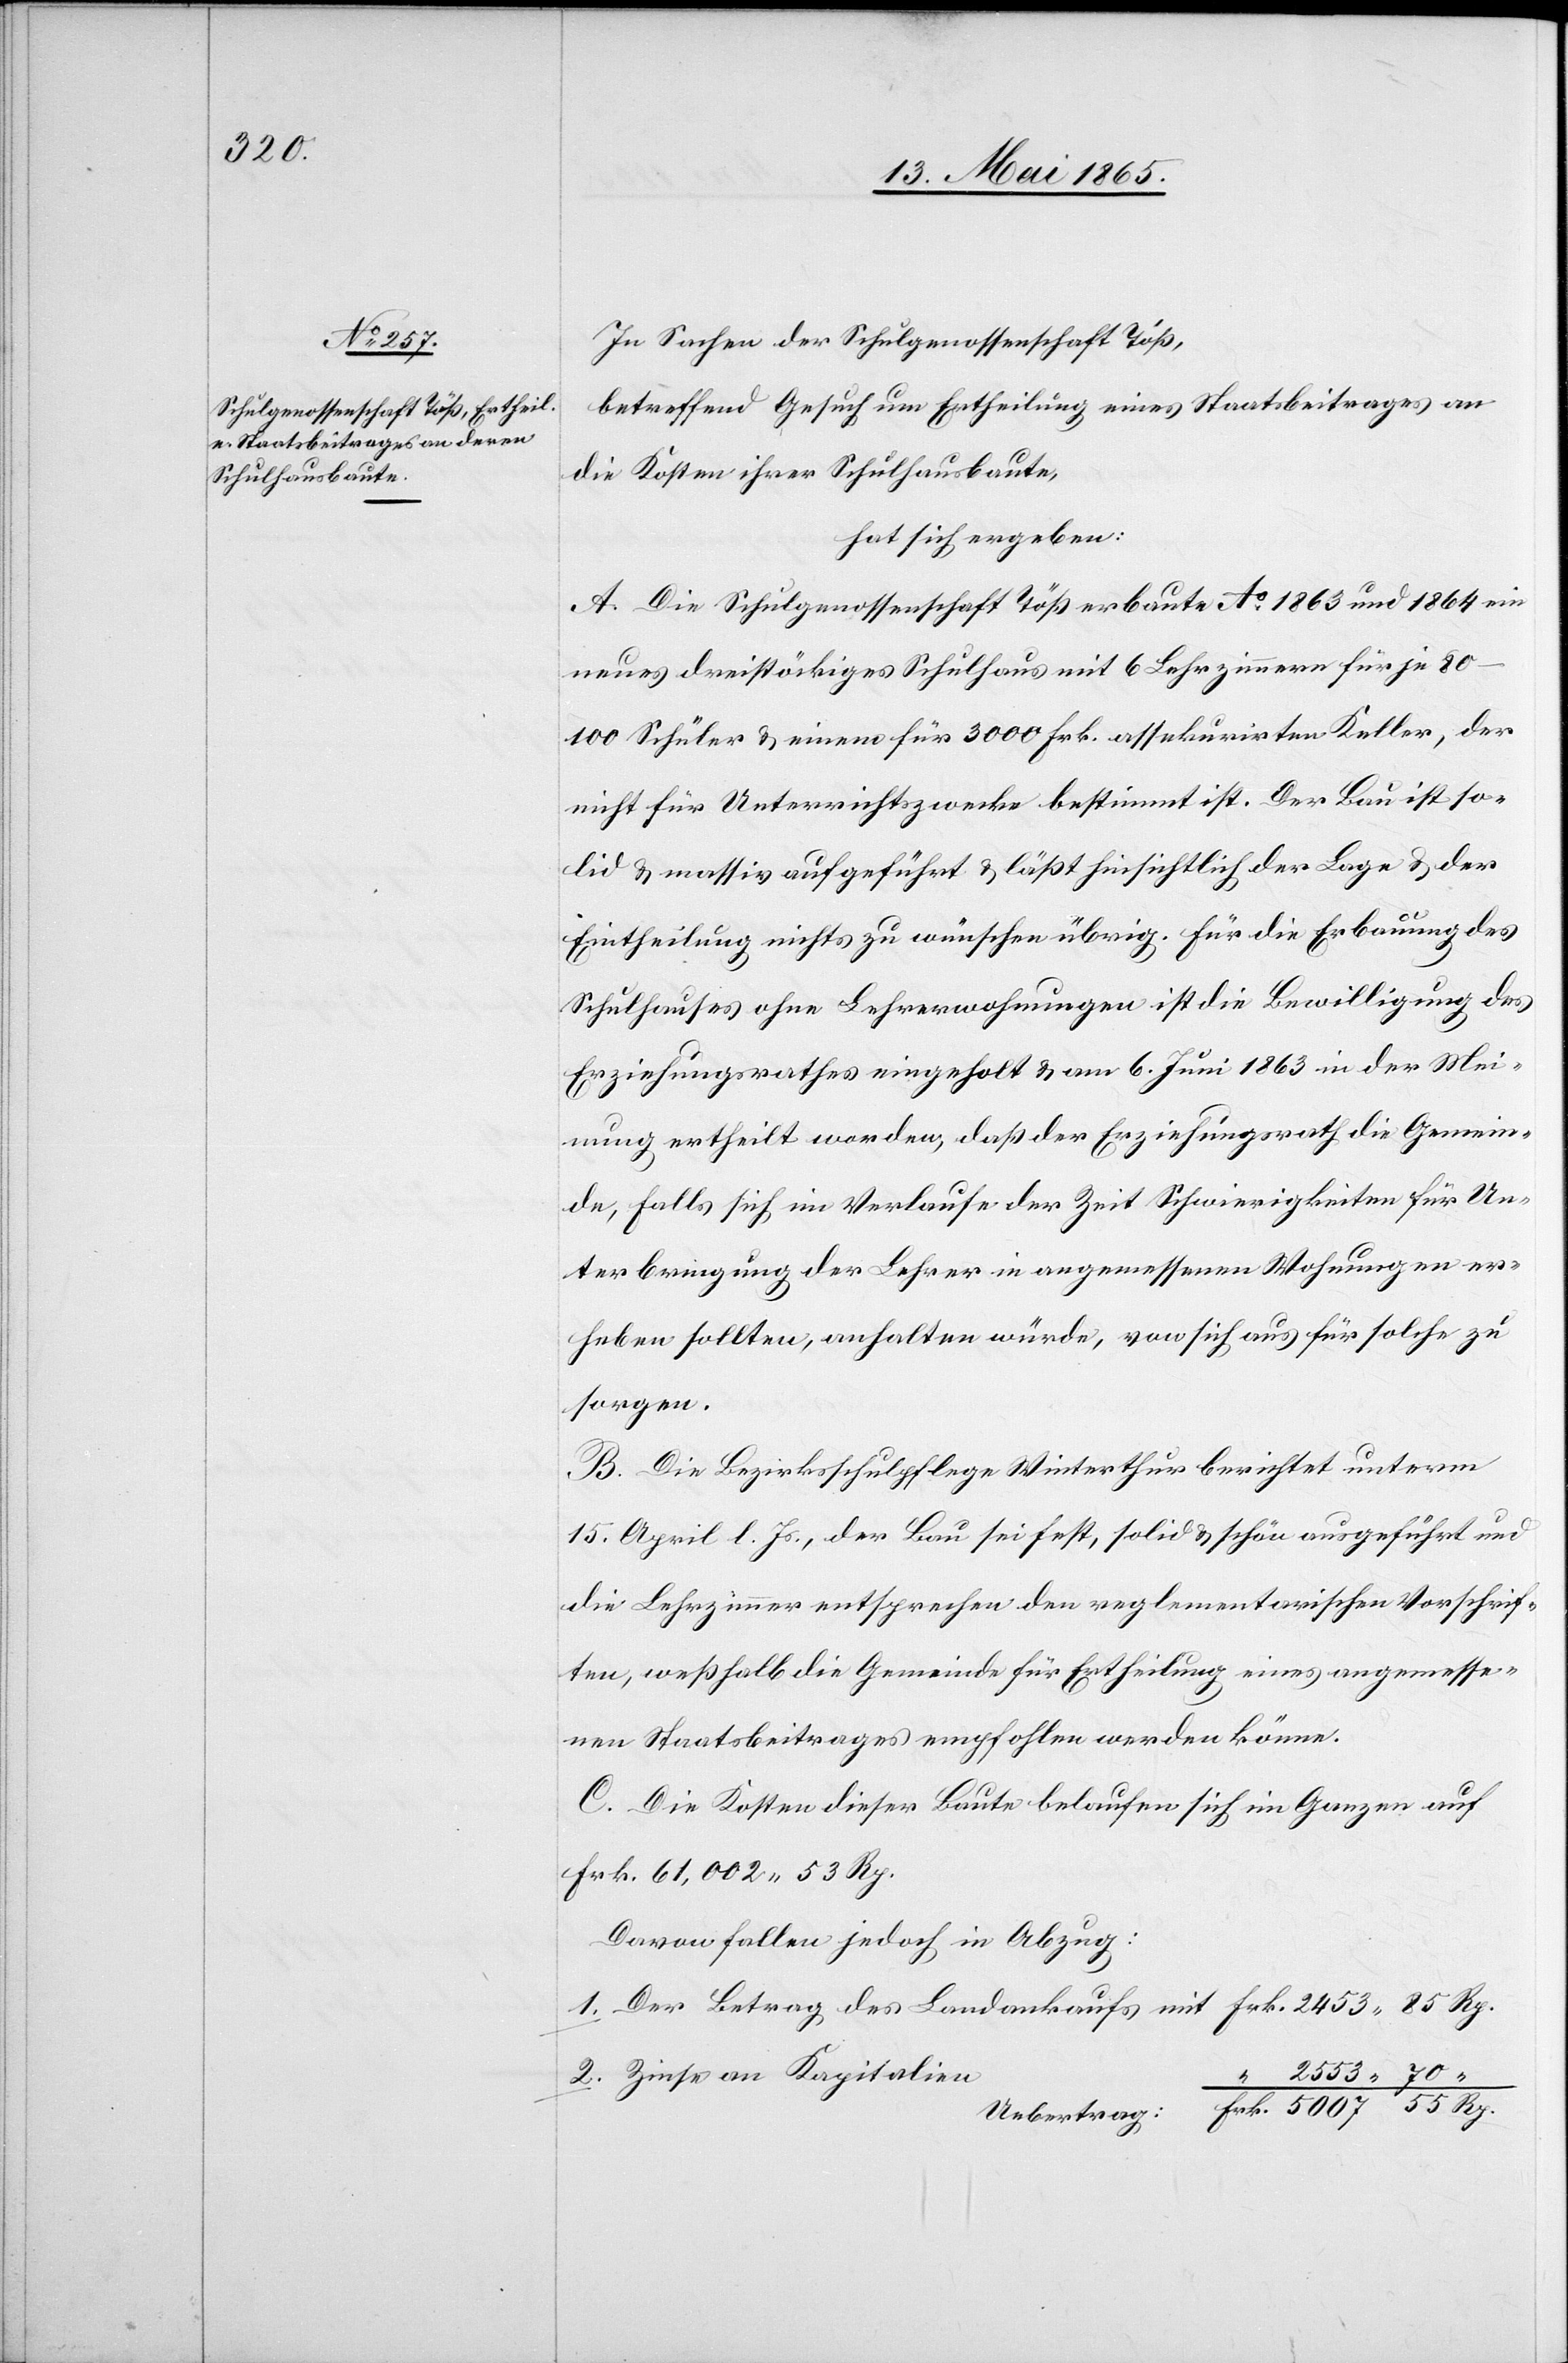
In Sachen der Schulgenossenschaft Töß,
betreffend Gesuch um Ertheilung eines Staatsbeitrages an
die Kosten ihrer Schulhausbaute,
hat sich ergeben:
A. Die Schulgenossenschaft Töß erbaute Ao 1863 und 1864 ein
neues dreistöckiges Schulhaus mit 6 Lehrzimmern für je
80–100 Schüler & einen für 3000 Frk. assekurirten Keller, der
nicht für Unterrichtszwecke bestimmt ist. Der Bau ist so¬
lid & massiv aufgeführt & läßt hinsichtlich der Lage & der
Eintheilung nichts zu wünschen übrig. Für die Erbauung des
Schulhauses ohne Lehrerwohnungen ist die Bewilligung des
Erziehungsrathes eingeholt & am 6. Juni 1863 in der Mei¬
nung ertheilt worden, daß der Erziehungsrath die Gemein¬
de, falls sich im Verlaufe der Zeit Schwierigkeiten für Un¬
terbringung der Lehrer in angemessenen Wohnungen er¬
heben sollten, anhalten würde, von sich aus für solche zu
sorgen.
B. Die Bezirksschulpflege Winterthur berichtet unterm
15. April l. Js., der Bau sei fest, solid & schön ausgeführt und
die Lehrzimmer entsprechen den reglementarischen Vorschrif¬
ten, weßhalb die Gemeinde für Ertheilung eines angemesse¬
nen Staatsbeitrages empfohlen werden könne.
C. Die Kosten dieser Baute belaufen sich im Ganzen auf
Frk. 61,002 53 Rp.
Darauf fallen jedoch in Abzug:
Zinse an Kapitalien